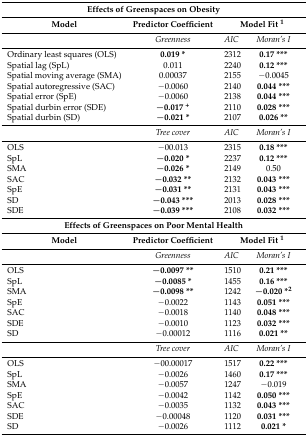
<table><thead><tr><td colspan="4"><b>Effects of Greenspaces on Obesity</b></td></tr><tr><td><b>Model</b></td><td><b>Predictor Coefficient</b></td><td colspan="2"><b>Model Fit <sup>1</sup></b></td></tr></thead><tbody><tr><td></td><td><i>Greenness</i></td><td><i>AIC</i></td><td><i>Moran’s I</i></td></tr><tr><td>Ordinary least squares (OLS)</td><td><b>0.019 *</b></td><td>2312</td><td><b>0.17 ***</b></td></tr><tr><td>Spatial lag (SpL)</td><td>0.011</td><td>2240</td><td><b>0.12 ***</b></td></tr><tr><td>Spatial moving average (SMA)</td><td>0.00037</td><td>2155</td><td>−0.0045</td></tr><tr><td>Spatial autoregressive (SAC)</td><td>−0.0060</td><td>2140</td><td><b>0.044 ***</b></td></tr><tr><td>Spatial error (SpE)</td><td>−0.0060</td><td>2138</td><td><b>0.044 ***</b></td></tr><tr><td>Spatial durbin error (SDE)</td><td><b>−0.017 <sup>+</sup></b></td><td>2110</td><td><b>0.028 ***</b></td></tr><tr><td>Spatial durbin (SD)</td><td><b>−0.021 *</b></td><td>2107</td><td><b>0.026 **</b></td></tr><tr><td></td><td><i>Tree cover</i></td><td><i>AIC</i></td><td><i>Moran’s I</i></td></tr><tr><td>OLS</td><td>−00.013</td><td>2315</td><td><b>0.18 ***</b></td></tr><tr><td>SpL</td><td><b>−0.020 *</b></td><td>2237</td><td><b>0.12 ***</b></td></tr><tr><td>SMA</td><td><b>−0.026 *</b></td><td>2149</td><td>0.50</td></tr><tr><td>SAC</td><td><b>−0.032 **</b></td><td>2132</td><td><b>0.043 ***</b></td></tr><tr><td>SpE</td><td><b>−0.031 **</b></td><td>2131</td><td><b>0.043 ***</b></td></tr><tr><td>SD</td><td><b>−0.043 ***</b></td><td>2013</td><td><b>0.028 ***</b></td></tr><tr><td>SDE</td><td><b>−0.039 ***</b></td><td>2108</td><td><b>0.032 ***</b></td></tr><tr><td colspan="4"><b>Effects of Greenspaces on Poor Mental Health</b></td></tr><tr><td><b>Model</b></td><td><b>Predictor Coefficient</b></td><td colspan="2"><b>Model Fit <sup>1</sup></b></td></tr><tr><td></td><td><i>Greenness</i></td><td><i>AIC</i></td><td><i>Moran’s I</i></td></tr><tr><td>OLS</td><td><b>−0.0097 **</b></td><td>1510</td><td><b>0.21 ***</b></td></tr><tr><td>SpL</td><td><b>−0.0085 *</b></td><td>1455</td><td><b>0.16 ***</b></td></tr><tr><td>SMA</td><td><b>−0.0098 **</b></td><td>1242</td><td><b>−0.020 *<sup>2</sup></b></td></tr><tr><td>SpE</td><td>−0.0022</td><td>1143</td><td><b>0.051 ***</b></td></tr><tr><td>SAC</td><td>−0.0018</td><td>1140</td><td><b>0.048 ***</b></td></tr><tr><td>SDE</td><td>−0.0010</td><td>1123</td><td><b>0.032 ***</b></td></tr><tr><td>SD</td><td>−0.00012</td><td>1116</td><td><b>0.021 **</b></td></tr><tr><td></td><td><i>Tree cover</i></td><td><i>AIC</i></td><td><i>Moran’s I</i></td></tr><tr><td>OLS</td><td>−00.00017</td><td>1517</td><td><b>0.22 ***</b></td></tr><tr><td>SpL</td><td>−0.0026</td><td>1460</td><td><b>0.17 ***</b></td></tr><tr><td>SMA</td><td>−0.0057</td><td>1247</td><td>−0.019</td></tr><tr><td>SpE</td><td>−0.0042</td><td>1142</td><td><b>0.050 ***</b></td></tr><tr><td>SAC</td><td>−0.0035</td><td>1132</td><td><b>0.043 ***</b></td></tr><tr><td>SDE</td><td>−0.00048</td><td>1120</td><td><b>0.031 ***</b></td></tr><tr><td>SD</td><td>−0.0026</td><td>1112</td><td><b>0.021 *</b></td></tr></tbody></table>